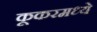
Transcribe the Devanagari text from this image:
कूकरमध्ये